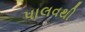
પાલવથી